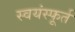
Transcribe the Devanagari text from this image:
स्वयंस्फूर्त